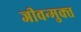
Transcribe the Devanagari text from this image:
जीवन्‍मुक्‍त